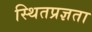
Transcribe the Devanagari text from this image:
स्थितप्रज्ञता